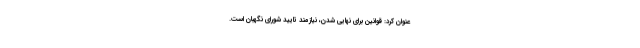
عنوان کرد: قوانین برای نهایی شدن، نیازمند تایید شورای نگهبان است.